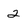
Character: 2